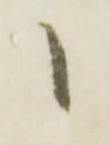
候